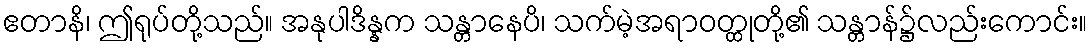
ဧတာနိ၊ ဤရုပ်တို့သည်။ အနုပါဒိန္နက သန္တာနေပိ၊ သက်မဲ့အရာဝတ္ထုတို့၏ သန္တာန်၌လည်းကောင်း။